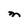
Character: M